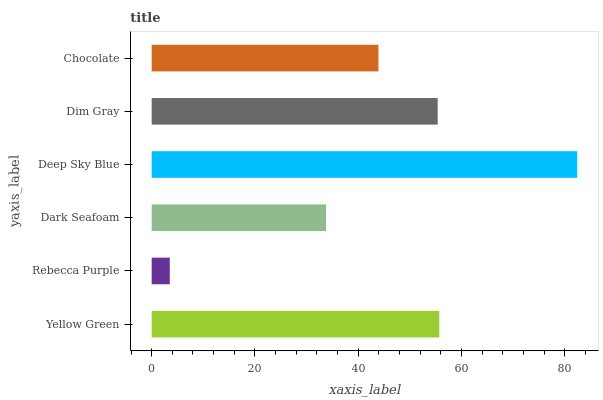
| yaxis_label | bars |
 | --- | --- |
 | Yellow Green | 55.7 |
 | Rebecca Purple | 3.51 |
 | Dark Seafoam | 33.8 |
 | Deep Sky Blue | 82.4 |
 | Dim Gray | 55.4 |
 | Chocolate | 43.9 |